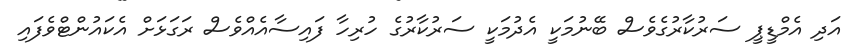
އަދި އެމްޑީޕީ ސަރުކާރުގެވެސް ބޭނުމަކީ އެދުމަކީ ސަރުކާރުގެ ހުރިހާ ފައިސާއެއްވެސް ރަގަޅަށް އެކައުންޓްވެފައި